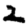
Digit: 2